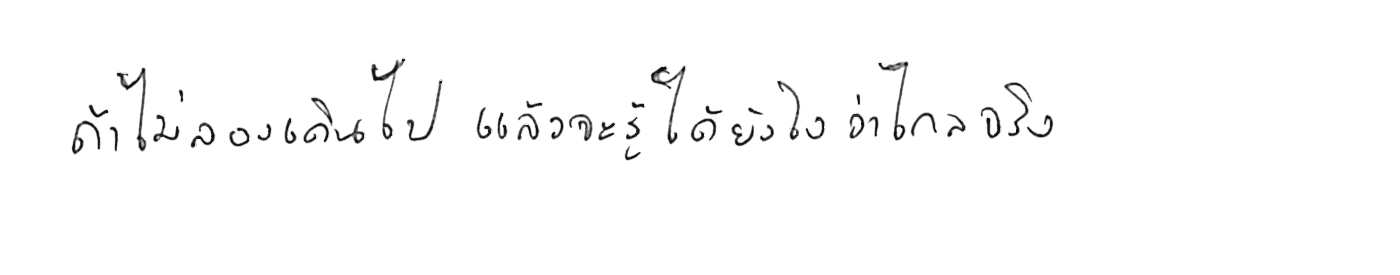
ถ้าไม่ลองเดินไป แล้วจะรู้ได้ยังไงว่าไกลจริง